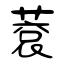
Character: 蔉